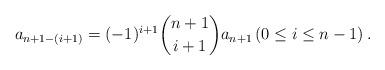
LaTeX: \begin{align*} a_{n+1-(i+1)}=(-1)^{i+1}\binom{n+1}{i+1}a_{n+1} \left(0\leq i\leq n-1\right). \end{align*}